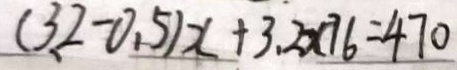
( 3 . 2 - 0 . 5 ) x + 3 . 2 \times 7 6 = 4 7 0